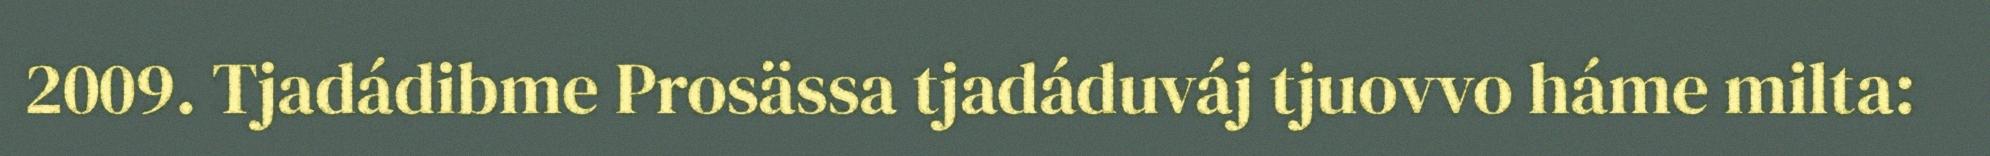
2009. Tjadádibme Prosässa tjadáduváj tjuovvo háme milta: